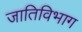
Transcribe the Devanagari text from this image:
जातिविभाग